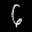
Label: 6